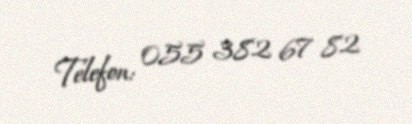
Telefon: 055 382 67 82